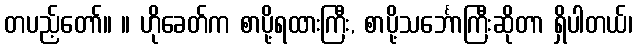
တပည့်တော်။ ။ ဟိုခေတ်က စာပို့ရထားကြီး, စာပို့သင်္ဘောကြီးဆိုတာ ရှိပါတယ်၊